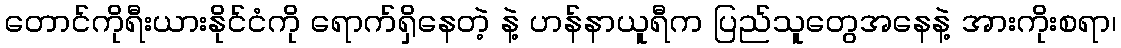
တောင်ကိုရီးယားနိုင်ငံကို ရောက်ရှိနေတဲ့ နဲ့ ဟန်နာယူရီက ပြည်သူတွေအနေနဲ့ အားကိုးစရာ၊